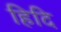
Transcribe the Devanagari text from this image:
हिदि